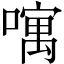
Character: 𠿄